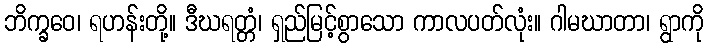
ဘိက္ခဝေ၊ ရဟန်းတို့။ ဒီဃရတ္တံ၊ ရှည်မြင့်စွာသော ကာလပတ်လုံး။ ဂါမဃာတာ၊ ရွာကို